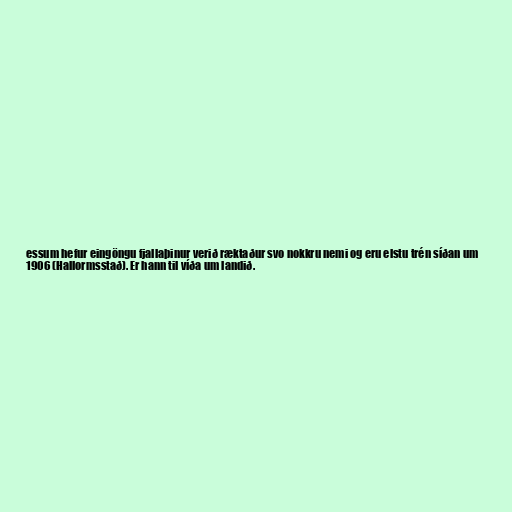
essum hefur eingöngu fjallaþinur verið ræktaður svo nokkru nemi og eru elstu trén síðan um
1906 (Hallormsstað). Er hann til víða um landið.